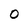
Character: 0